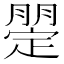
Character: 𣎡